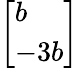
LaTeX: \left[\begin{array}{l}{b}\\ {-3b}\end{array}\right]